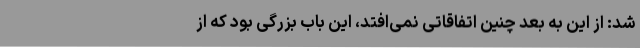
شد: از این به بعد چنین اتفاقاتی نمی‌افتد، این باب بزرگی بود که از